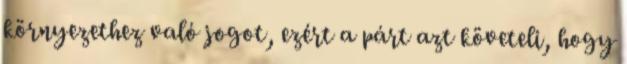
környezethez való jogot, ezért a párt azt követeli, hogy